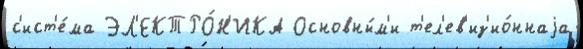
с'ист'е́ма ЭЛ'ЕКТРО́Н'ИКА Основны́м'и т'ел'ев'из'ио́ннаjа